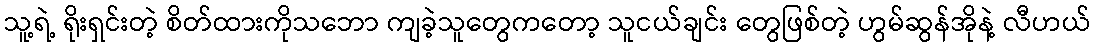
သူ့ရဲ့ ရိုးရှင်းတဲ့ စိတ်ထားကိုသဘော ကျခဲ့သူတွေကတော့ သူငယ်ချင်း တွေဖြစ်တဲ့ ဟွမ်ဆွန်အိုနဲ့ လီဟယ်